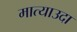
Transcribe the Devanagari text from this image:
मात्याउदा